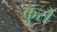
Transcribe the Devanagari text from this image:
कुरौ